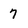
Character: 7